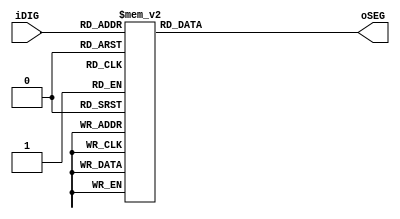
module SEG7_LUT	(	oSEG,iDIG	);
input	[3:0]	iDIG;
output	[6:0]	oSEG;
reg		[6:0]	oSEG;

always @(*)
begin
		case(iDIG)
		4'h1: oSEG = 7'b1111001;	// ---t----
		4'h2: oSEG = 7'b0100100; 	// |	  |
		4'h3: oSEG = 7'b0110000; 	// lt	 rt
		4'h4: oSEG = 7'b0011001; 	// |	  |
		4'h5: oSEG = 7'b0010010; 	// ---m----
		4'h6: oSEG = 7'b0000010; 	// |	  |
		4'h7: oSEG = 7'b1111000; 	// lb	 rb
		4'h8: oSEG = 7'b0000000; 	// |	  |
		4'h9: oSEG = 7'b0011000; 	// ---b----
		4'ha: oSEG = 7'b0001000;
		4'hb: oSEG = 7'b0000011;
		4'hc: oSEG = 7'b1000110;
		4'hd: oSEG = 7'b0100001;
		4'he: oSEG = 7'b0000110;
		4'hf: oSEG = 7'b0001110;
		4'h0: oSEG = 7'b1000000;
		endcase
end

endmodule


module SEG7_LUT_8 (	oSEG0,oSEG1,oSEG2,oSEG3,oSEG4,oSEG5,oSEG6,oSEG7,iDIG );
input	[31:0]	iDIG;
output	[6:0]	oSEG0,oSEG1,oSEG2,oSEG3,oSEG4,oSEG5,oSEG6,oSEG7;

SEG7_LUT	u0	(	oSEG0,iDIG[3:0]		);
SEG7_LUT	u1	(	oSEG1,iDIG[7:4]		);
SEG7_LUT	u2	(	oSEG2,iDIG[11:8]	);
SEG7_LUT	u3	(	oSEG3,iDIG[15:12]	);
SEG7_LUT	u4	(	oSEG4,iDIG[19:16]	);
SEG7_LUT	u5	(	oSEG5,iDIG[23:20]	);
SEG7_LUT	u6	(	oSEG6,iDIG[27:24]	);
SEG7_LUT	u7	(	oSEG7,iDIG[31:28]	);

endmodule